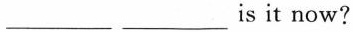
___is it now?